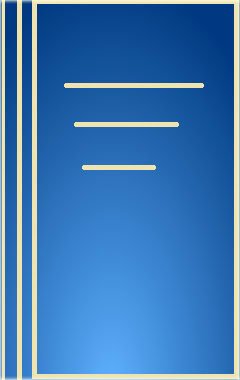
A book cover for Headache and Facial Pain: Diagnosis and Management; Alan L. Jacobson; Health, Fitness & Dieting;